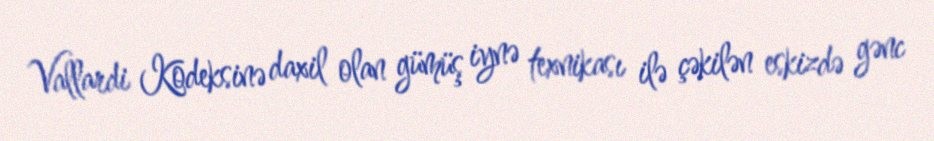
Vallardi Kodeksinə daxil olan gümüş iynə texnikası ilə çəkilən eskizdə gənc